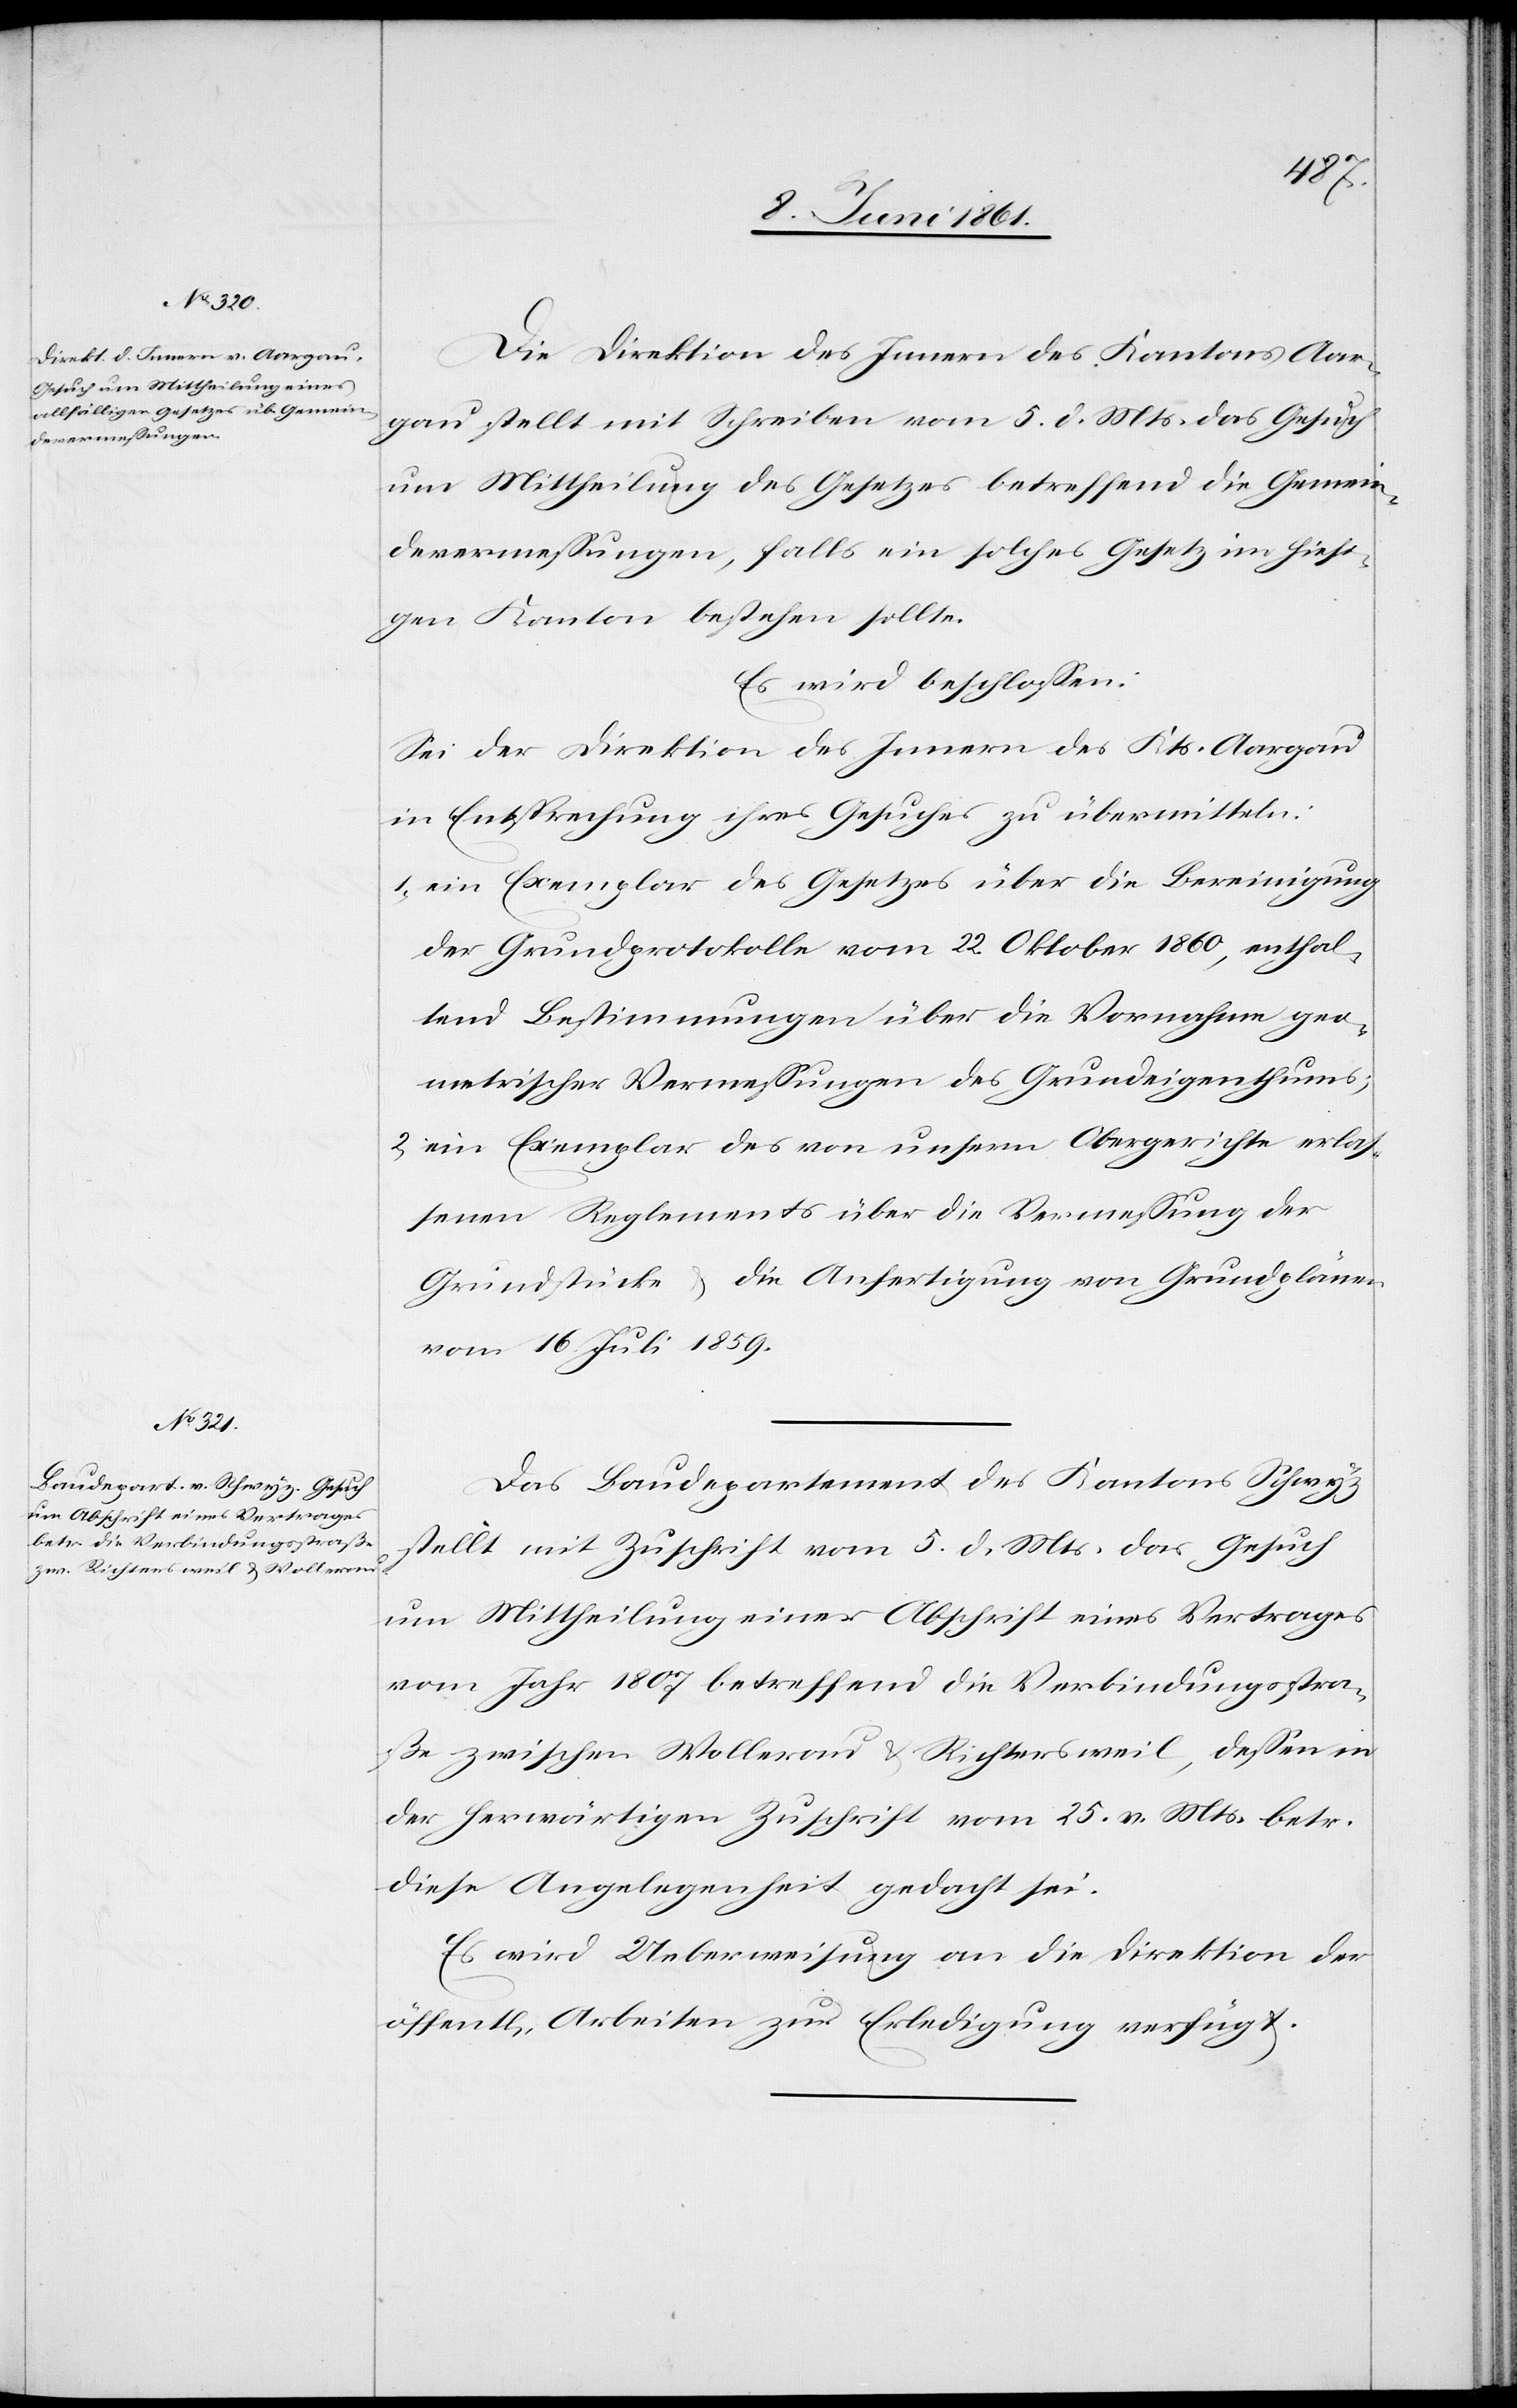
Die Direktion des Innern des Kantons Aar¬
gau stellt mit Schreiben vom 5. d. Mts. das Gesuch
um Mittheilung des Gesetzes betreffend die Gemein¬
devermessungen, falls ein solches Gesetz im hiesi¬
gen Kanton bestehen sollte.
Es wird beschlossen:
Sei der Direktion des Innern des Kts. Aargau
in Entsprechung ihres Gesuches zu übermitteln:
1) ein Exemplar des Gesetzes über die Bereinigung
der Grundprotokolle vom 22. Oktober 1860, enthal¬
tend Bestimmungen über die Vornahme geo¬
metrischer Vermessungen des Grundeigenthums;
2. ein Exemplar des von unserm Obergerichte erlas¬
senen Reglements über die Vermessung der
Grundstücke u. die Anfertigung von Grundplänen
vom 16. Juli 1859.
Das Baudepartement des Kantons Schwyz
stellt mit Zuschrift vom 5. d. Mts. das Gesuch
um Mittheilung einer Abschrift eines Vertrages
vom Jahr 1807 betreffend die Verbindungsstra¬
ße zwischen Wollerau u. Richtersweil, dessen in
der herwärtigen Zuschrift vom 25. v. Mts. betr.
diese Angelegenheit gedacht sei.
Es wird Ueberweisung an die Direktion der
öffent[lichen] Arbeiten zur Erledigung verfügt.